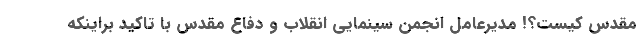
مقدس کیست؟! مدیرعامل انجمن سینمایی انقلاب و دفاع مقدس با تاکید براینکه